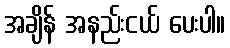
အချိန် အနည်းငယ် ပေးပါ။